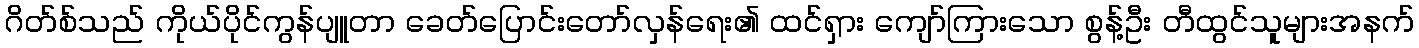
ဂိတ်စ်သည် ကိုယ်ပိုင်ကွန်ပျူတာ ခေတ်ပြောင်းတော်လှန်ရေး၏ ထင်ရှား ကျော်ကြားသော စွန့်ဦး တီထွင်သူများအနက်